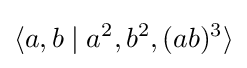
\langle a,b\mid a^{2},b^{2},(ab)^{3}\rangle